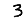
Digit: 3